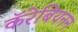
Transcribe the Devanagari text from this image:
कॅरेबियनन